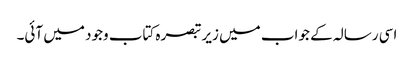
اسی رسالہ کے جواب میں زیر تبصرہ کتاب وجود میں آئی۔